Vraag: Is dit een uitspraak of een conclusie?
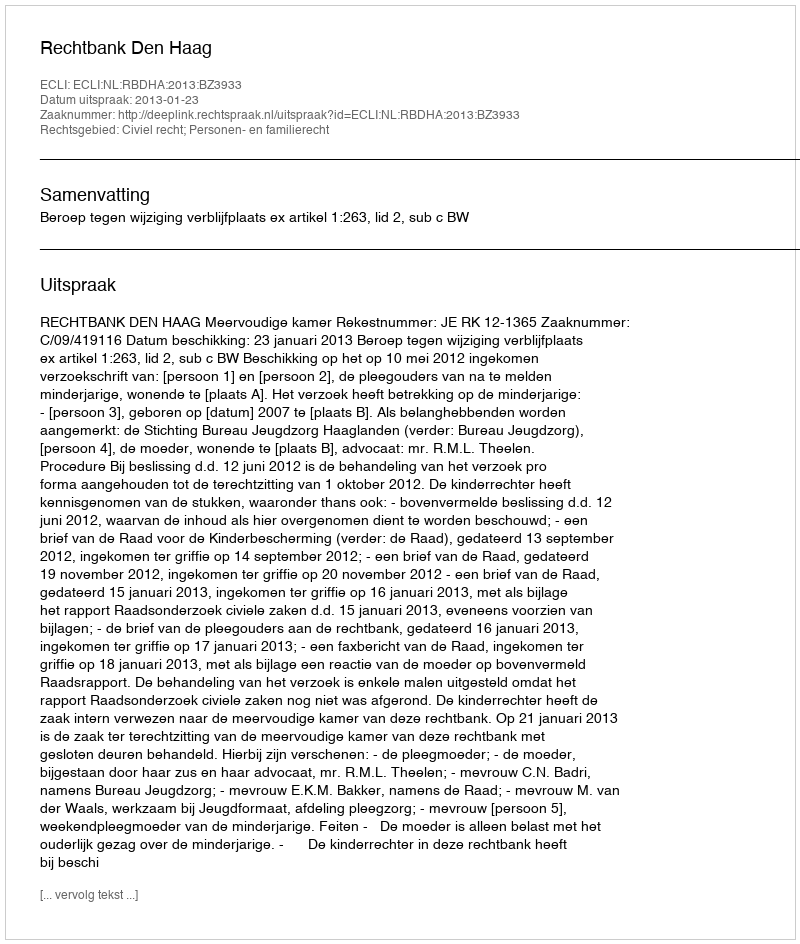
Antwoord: Uitspraak